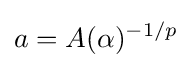
a=A(\alpha )^{-1/p}